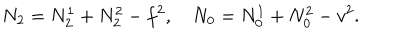
N _ { 2 } = N _ { 2 } ^ { 1 } + N _ { 2 } ^ { 2 } - f ^ { 2 } , \quad N _ { 0 } = N _ { 0 } ^ { 1 } + N _ { 0 } ^ { 2 } - v ^ { 2 } .